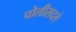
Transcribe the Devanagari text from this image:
पोलीसदले